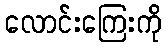
လောင်းကြေးကို